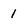
Character: 1